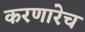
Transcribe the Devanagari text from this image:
करणारेच